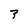
Character: 3